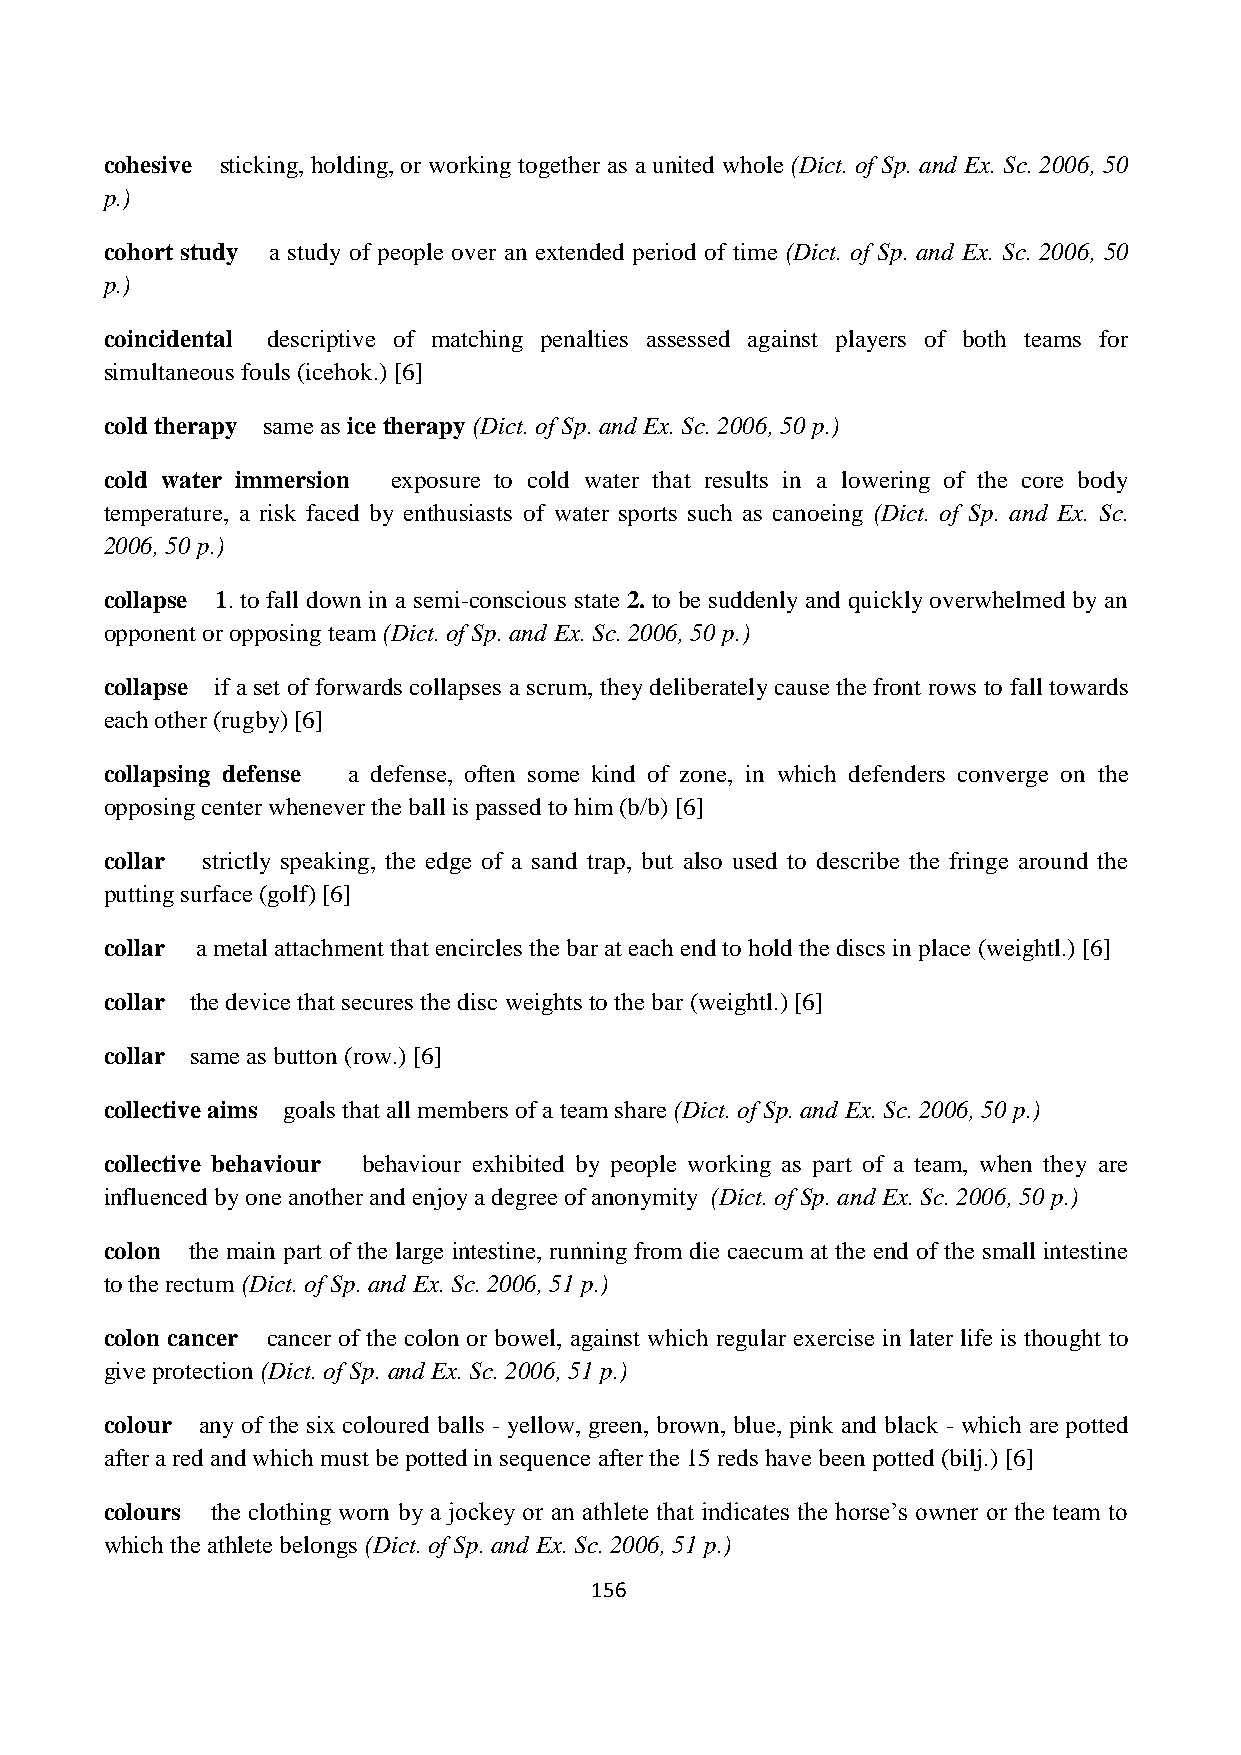
cohesive sticking, holding, or working together as a united whole (Dict. of Sp. and Ex. Sc. 2006, 50
 p.)
 cohort study a study of people over an extended period of time (Dict. of Sp. and Ex. Sc. 2006, 50
 p.)
 coincidental descriptive of matching penalties assessed against players of both teams for
 simultaneous fouls (icehok.) [6]
 cold therapy same as ice therapy (Dict. of Sp. and Ex. Sc. 2006, 50 p.)
 cold water immersion exposure to cold water that results in a lowering of the core body
 temperature, a risk faced by enthusiasts of water sports such as canoeing (Dict. of Sp. and Ex. Sc.
 2006, 50 p.)
 collapse 1. to fall down in a semi-conscious state 2. to be suddenly and quickly overwhelmed by an
 opponent or opposing team (Dict. of Sp. and Ex. Sc. 2006, 50 p.)
 collapse if a set of forwards collapses a scrum, they deliberately cause the front rows to fall towards
 each other (rugby) [6]
 collapsing defense a defense, often some kind of zone, in which defenders converge on the
 opposing center whenever the ball is passed to him (b/b) [6]
 collar strictly speaking, the edge of a sand trap, but also used to describe the fringe around the
 putting surface (golf) [6]
 collar a metal attachment that encircles the bar at each end to hold the discs in place (weightl.) [6]
 collar the device that secures the disc weights to the bar (weightl.) [6]
 collar same as button (row.) [6]
 collective aims goals that all members of a team share (Dict. of Sp. and Ex. Sc. 2006, 50 p.)
 collective behaviour behaviour exhibited by people working as part of a team, when they are
 influenced by one another and enjoy a degree of anonymity (Dict. of Sp. and Ex. Sc. 2006, 50 p.)
 colon the main part of the large intestine, running from die caecum at the end of the small intestine
 to the rectum (Dict. of Sp. and Ex. Sc. 2006, 51 p.)
 colon cancer cancer of the colon or bowel, against which regular exercise in later life is thought to
 give protection (Dict. of Sp. and Ex. Sc. 2006, 51 p.)
 colour any of the six coloured balls - yellow, green, brown, blue, pink and black - which are potted
 after a red and which must be potted in sequence after the 15 reds have been potted (bilj.) [6]
 colours the clothing worn by a jockey or an athlete that indicates the horse’s owner or the team to
 which the athlete belongs (Dict. of Sp. and Ex. Sc. 2006, 51 p.)
 156